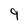
Character: 9